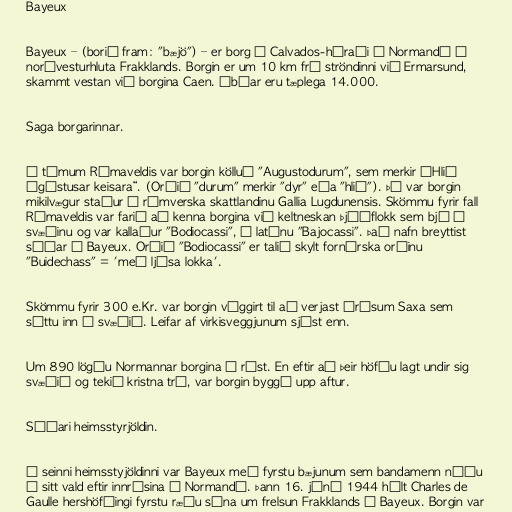
Bayeux

Bayeux – (borið fram: "bæjö") – er borg í Calvados-héraði í Normandí í
norðvesturhluta Frakklands. Borgin er um 10 km frá ströndinni við Ermarsund,
skammt vestan við borgina Caen. Íbúar eru tæplega 14.000.

Saga borgarinnar.

Á tímum Rómaveldis var borgin kölluð "Augustodurum", sem merkir „Hlið
Ágústusar keisara“. (Orðið "durum" merkir "dyr" eða "hlið"). Þá var borgin
mikilvægur staður í rómverska skattlandinu Gallia Lugdunensis. Skömmu fyrir fall
Rómaveldis var farið að kenna borgina við keltneskan þjóðflokk sem bjó á
svæðinu og var kallaður "Bodiocassi", á latínu "Bajocassi". Það nafn breyttist
síðar í Bayeux. Orðið "Bodiocassi" er talið skylt fornírska orðinu
"Buidechass" = 'með ljósa lokka'.

Skömmu fyrir 300 e.Kr. var borgin víggirt til að verjast árásum Saxa sem
sóttu inn á svæðið. Leifar af virkisveggjunum sjást enn.

Um 890 lögðu Normannar borgina í rúst. En eftir að þeir höfðu lagt undir sig
svæðið og tekið kristna trú, var borgin byggð upp aftur.

Síðari heimsstyrjöldin.

Í seinni heimsstyjöldinni var Bayeux með fyrstu bæjunum sem bandamenn náðu
á sitt vald eftir innrásina í Normandí. Þann 16. júní 1944 hélt Charles de
Gaulle hershöfðingi fyrstu ræðu sína um frelsun Frakklands í Bayeux. Borgin var